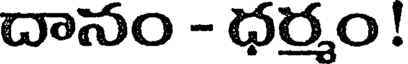
దానం - ధర్మం !